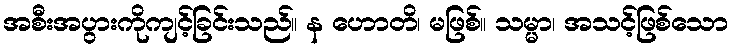
အစီးအပွားကိုကျင့်ခြင်းသည်။ န ဟောတိ၊ မဖြစ်။ သမ္မာ၊ အသင့်ဖြစ်သော